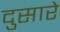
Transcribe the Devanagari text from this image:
दुसारे